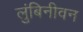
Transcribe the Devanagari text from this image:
लुंबिनीवन